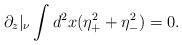
LaTeX: \begin{align*}\partial_z|_\nu\int d^2x(\eta_+^2+\eta_-^2)=0.\end{align*}